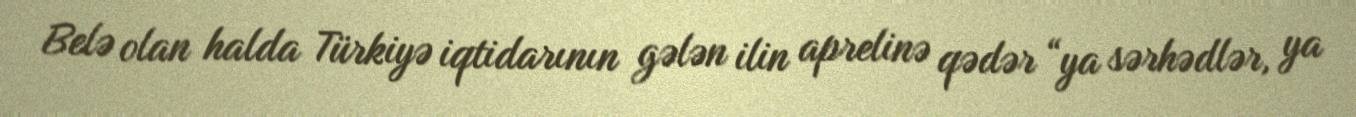
Belə olan halda Türkiyə iqtidarının gələn ilin aprelinə qədər “ya sərhədlər, ya